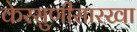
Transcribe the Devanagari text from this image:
केरसुणीसारखा